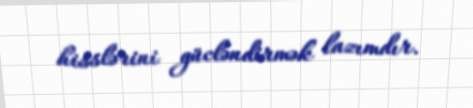
hisslərini gücləndirmək lazımdır.